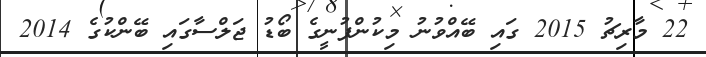
22 މާރިޗު 2015 ގައި ބޭއްވުނު މިކުންފުނީގެ ބޯޑު ޖަލްސާގައި ބޭންކުގެ 2014